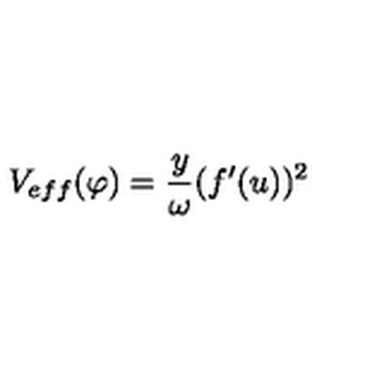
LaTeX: V _ { e f f } ( \varphi ) = \frac { y } { \omega } ( f ^ { \prime } ( u ) ) ^ { 2 }